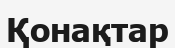
Қонақтар